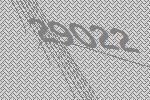
29022